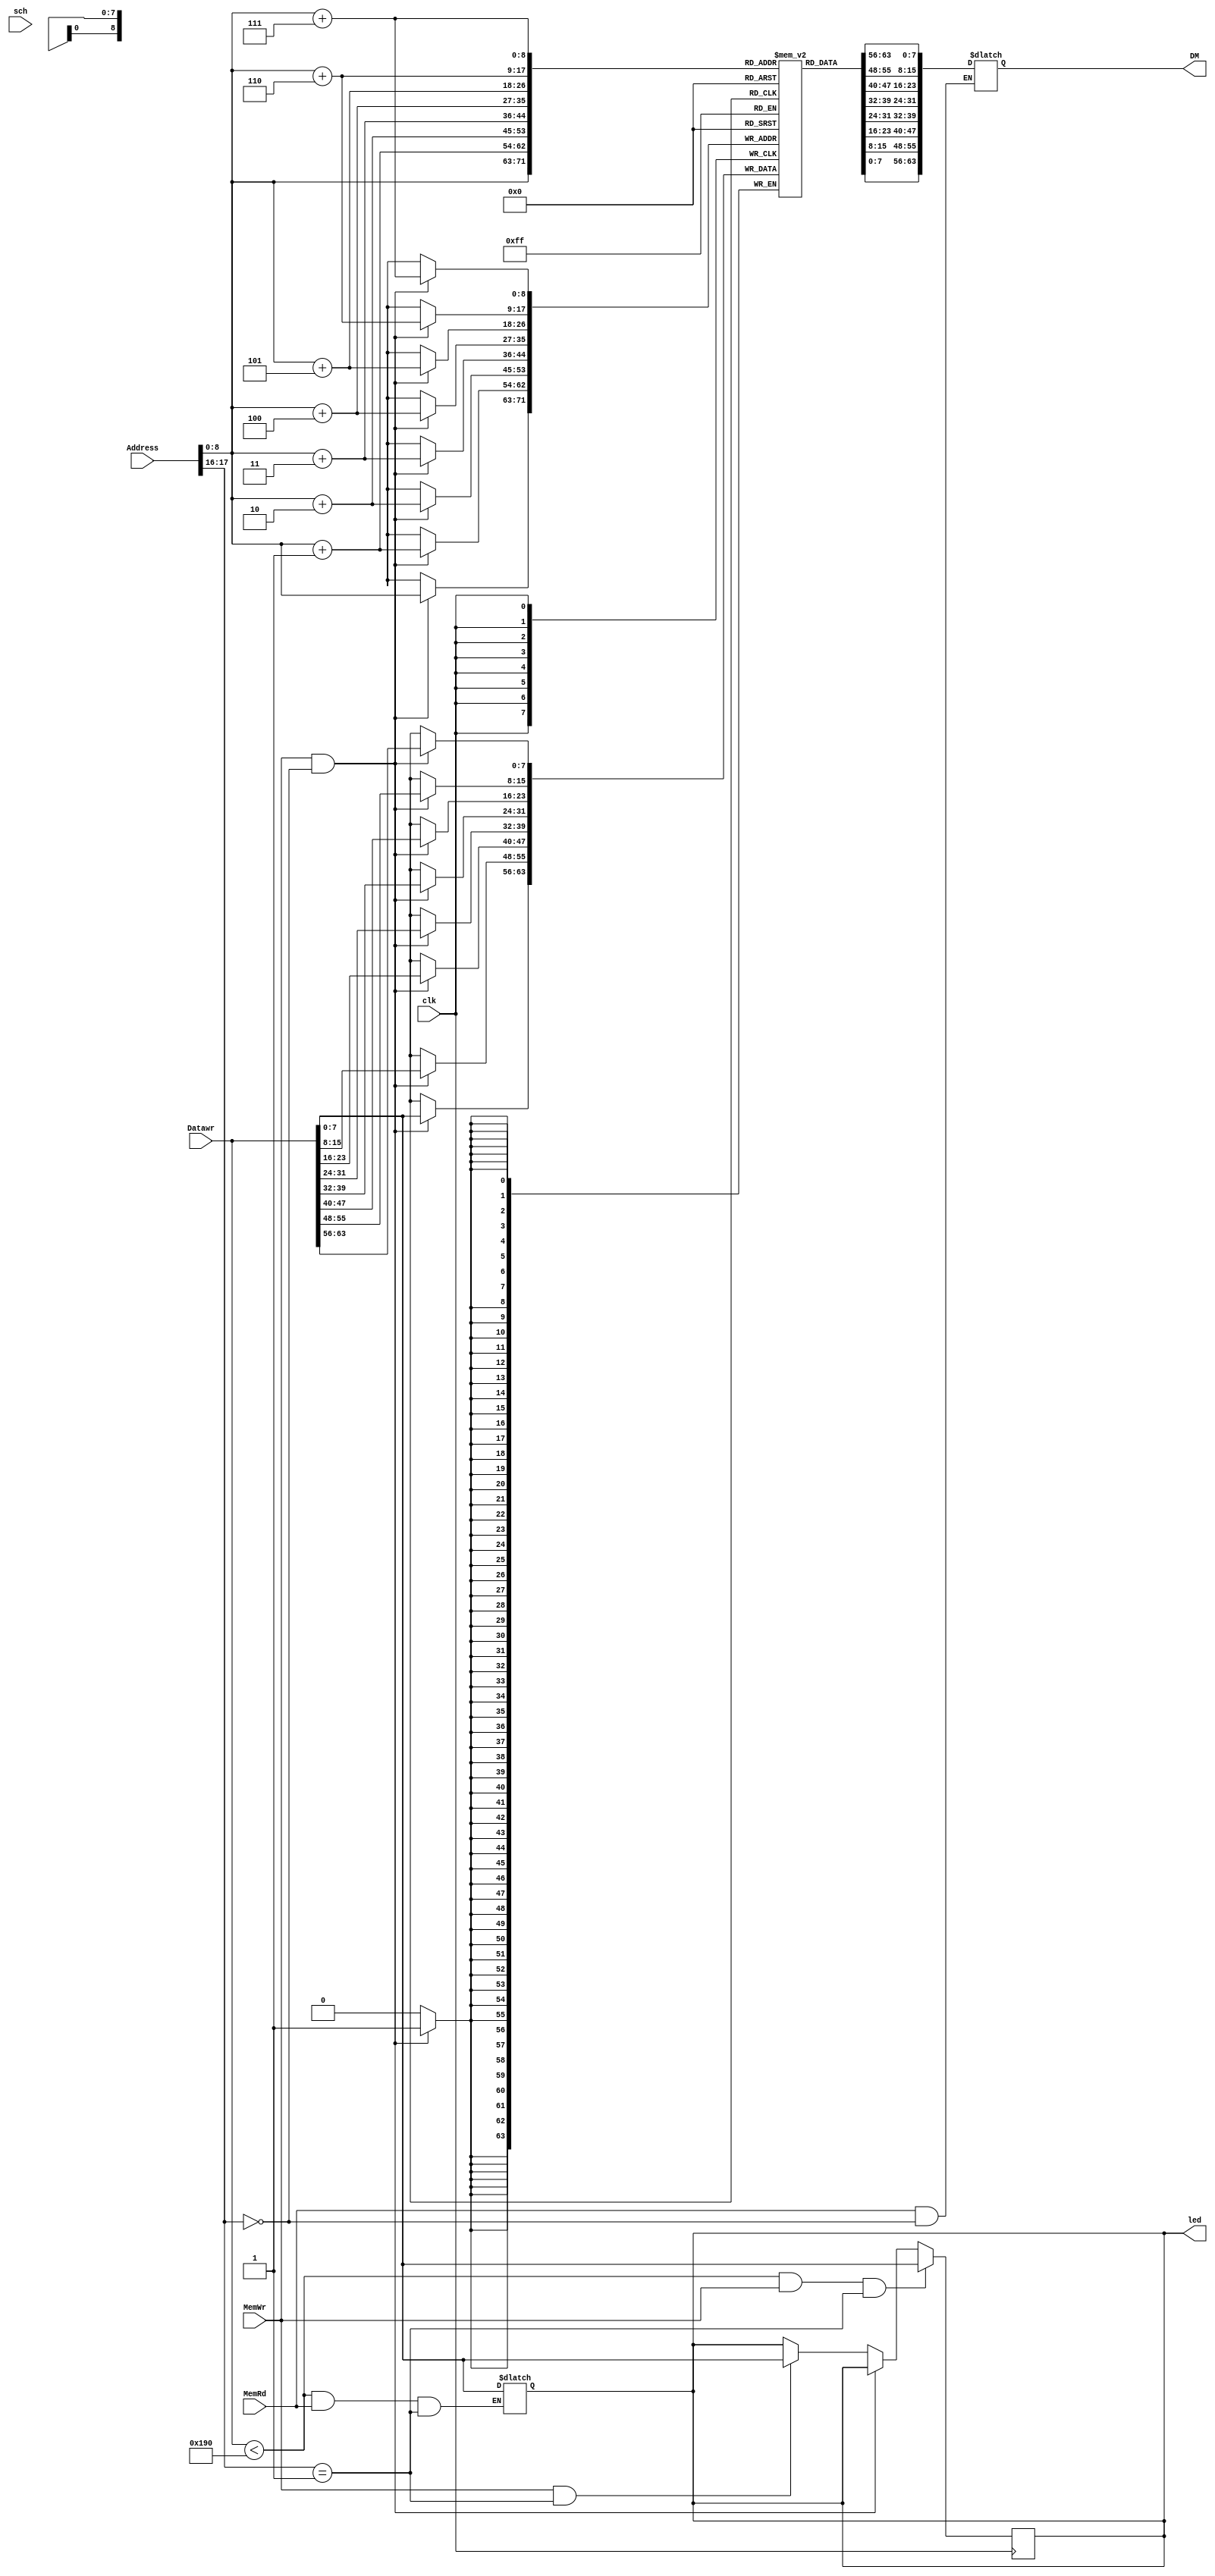
module Data_memory(
    input [63:0] Address,
    input [63:0] Datawr,
    input MemWr,
    input MemRd,
    input clk,
    input [7:0]sch,
    output reg [7:0]led,
    output reg [63:0] DM
    
    );
    
    reg [7:0] dataMemori [400:0];
    /*localparam Archivo = "data_memory.mem";
    
    initial begin
        $display("Loading rom.");
        $readmemh(Archivo,dataMemori);
    end*/

    always @(posedge clk)begin
        if(MemWr  && Address[17:16] == 0)begin // Memoria
            dataMemori[Address+7] <= Datawr[63:56];
            dataMemori[Address+6] <= Datawr[55:48];
            dataMemori[Address+5] <= Datawr[47:40];
            dataMemori[Address+4] <= Datawr[39:32];
            dataMemori[Address+3] <= Datawr[31:24];
            dataMemori[Address+2] <= Datawr[23:16];
            dataMemori[Address+1] <= Datawr[15:8];
            dataMemori[Address] <= Datawr[7:0];
        end
        else if(MemWr  && Address[17:16] == 1)begin // Leds
            led <= Datawr[7:0];
        end
        
        /*if(Datawr < 400 && MemRd && Address[17:16] == 1)begin
            DM <= {{55{sch[7]}},sch};
        end*/

        if(Datawr < 400 && MemWr && Address[17:16] == 1)begin
            led <= Datawr[7:0];
        end
    end
             

    //  Area de Lectura
    always @(*) begin
        if (MemRd && Address[17:16] == 0) begin // Memoriao_dataRd <= {r_insMem[i_add+7],r_insMem[i_add+6],r_insMem[i_add+5],r_insMem[i_add+4],r_insMem[i_add+3],r_insMem[i_add+2],r_insMem[i_add+1],r_insMem[i_add]};
            DM <= {dataMemori[Address+7],dataMemori[Address+6],dataMemori[Address+5],dataMemori[Address+4],dataMemori[Address+3],dataMemori[Address+2],dataMemori[Address+1],dataMemori[Address]};
        end
        /*else if(MemRd && Address[17:16] == 1)begin // Leds
            DM<={{56{led[7]}},led};
        end
        else if(MemRd && Address[17:16] == 2)begin  // Switch
            DM <= {{56{sch[7]}},sch};
        end*/
        if(Datawr < 400 && MemRd && Address[17:16] == 1)begin
            led <= Datawr[7:0];
        end
    end
    

endmodule